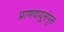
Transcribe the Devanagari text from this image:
प्राणवायूसंपृक्त